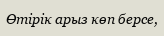
Өтірік арыз көп берсе,